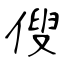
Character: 傁